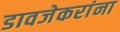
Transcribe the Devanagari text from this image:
डावजेकरांना